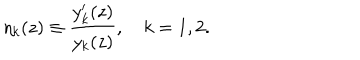
\eta _ { k } ( z ) \equiv \frac { y _ { k } ^ { \prime } ( z ) } { y _ { k } ( z ) } , \quad k = 1 , 2 .